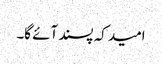
امید کہ پسند آئے گا۔